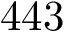
4 4 3